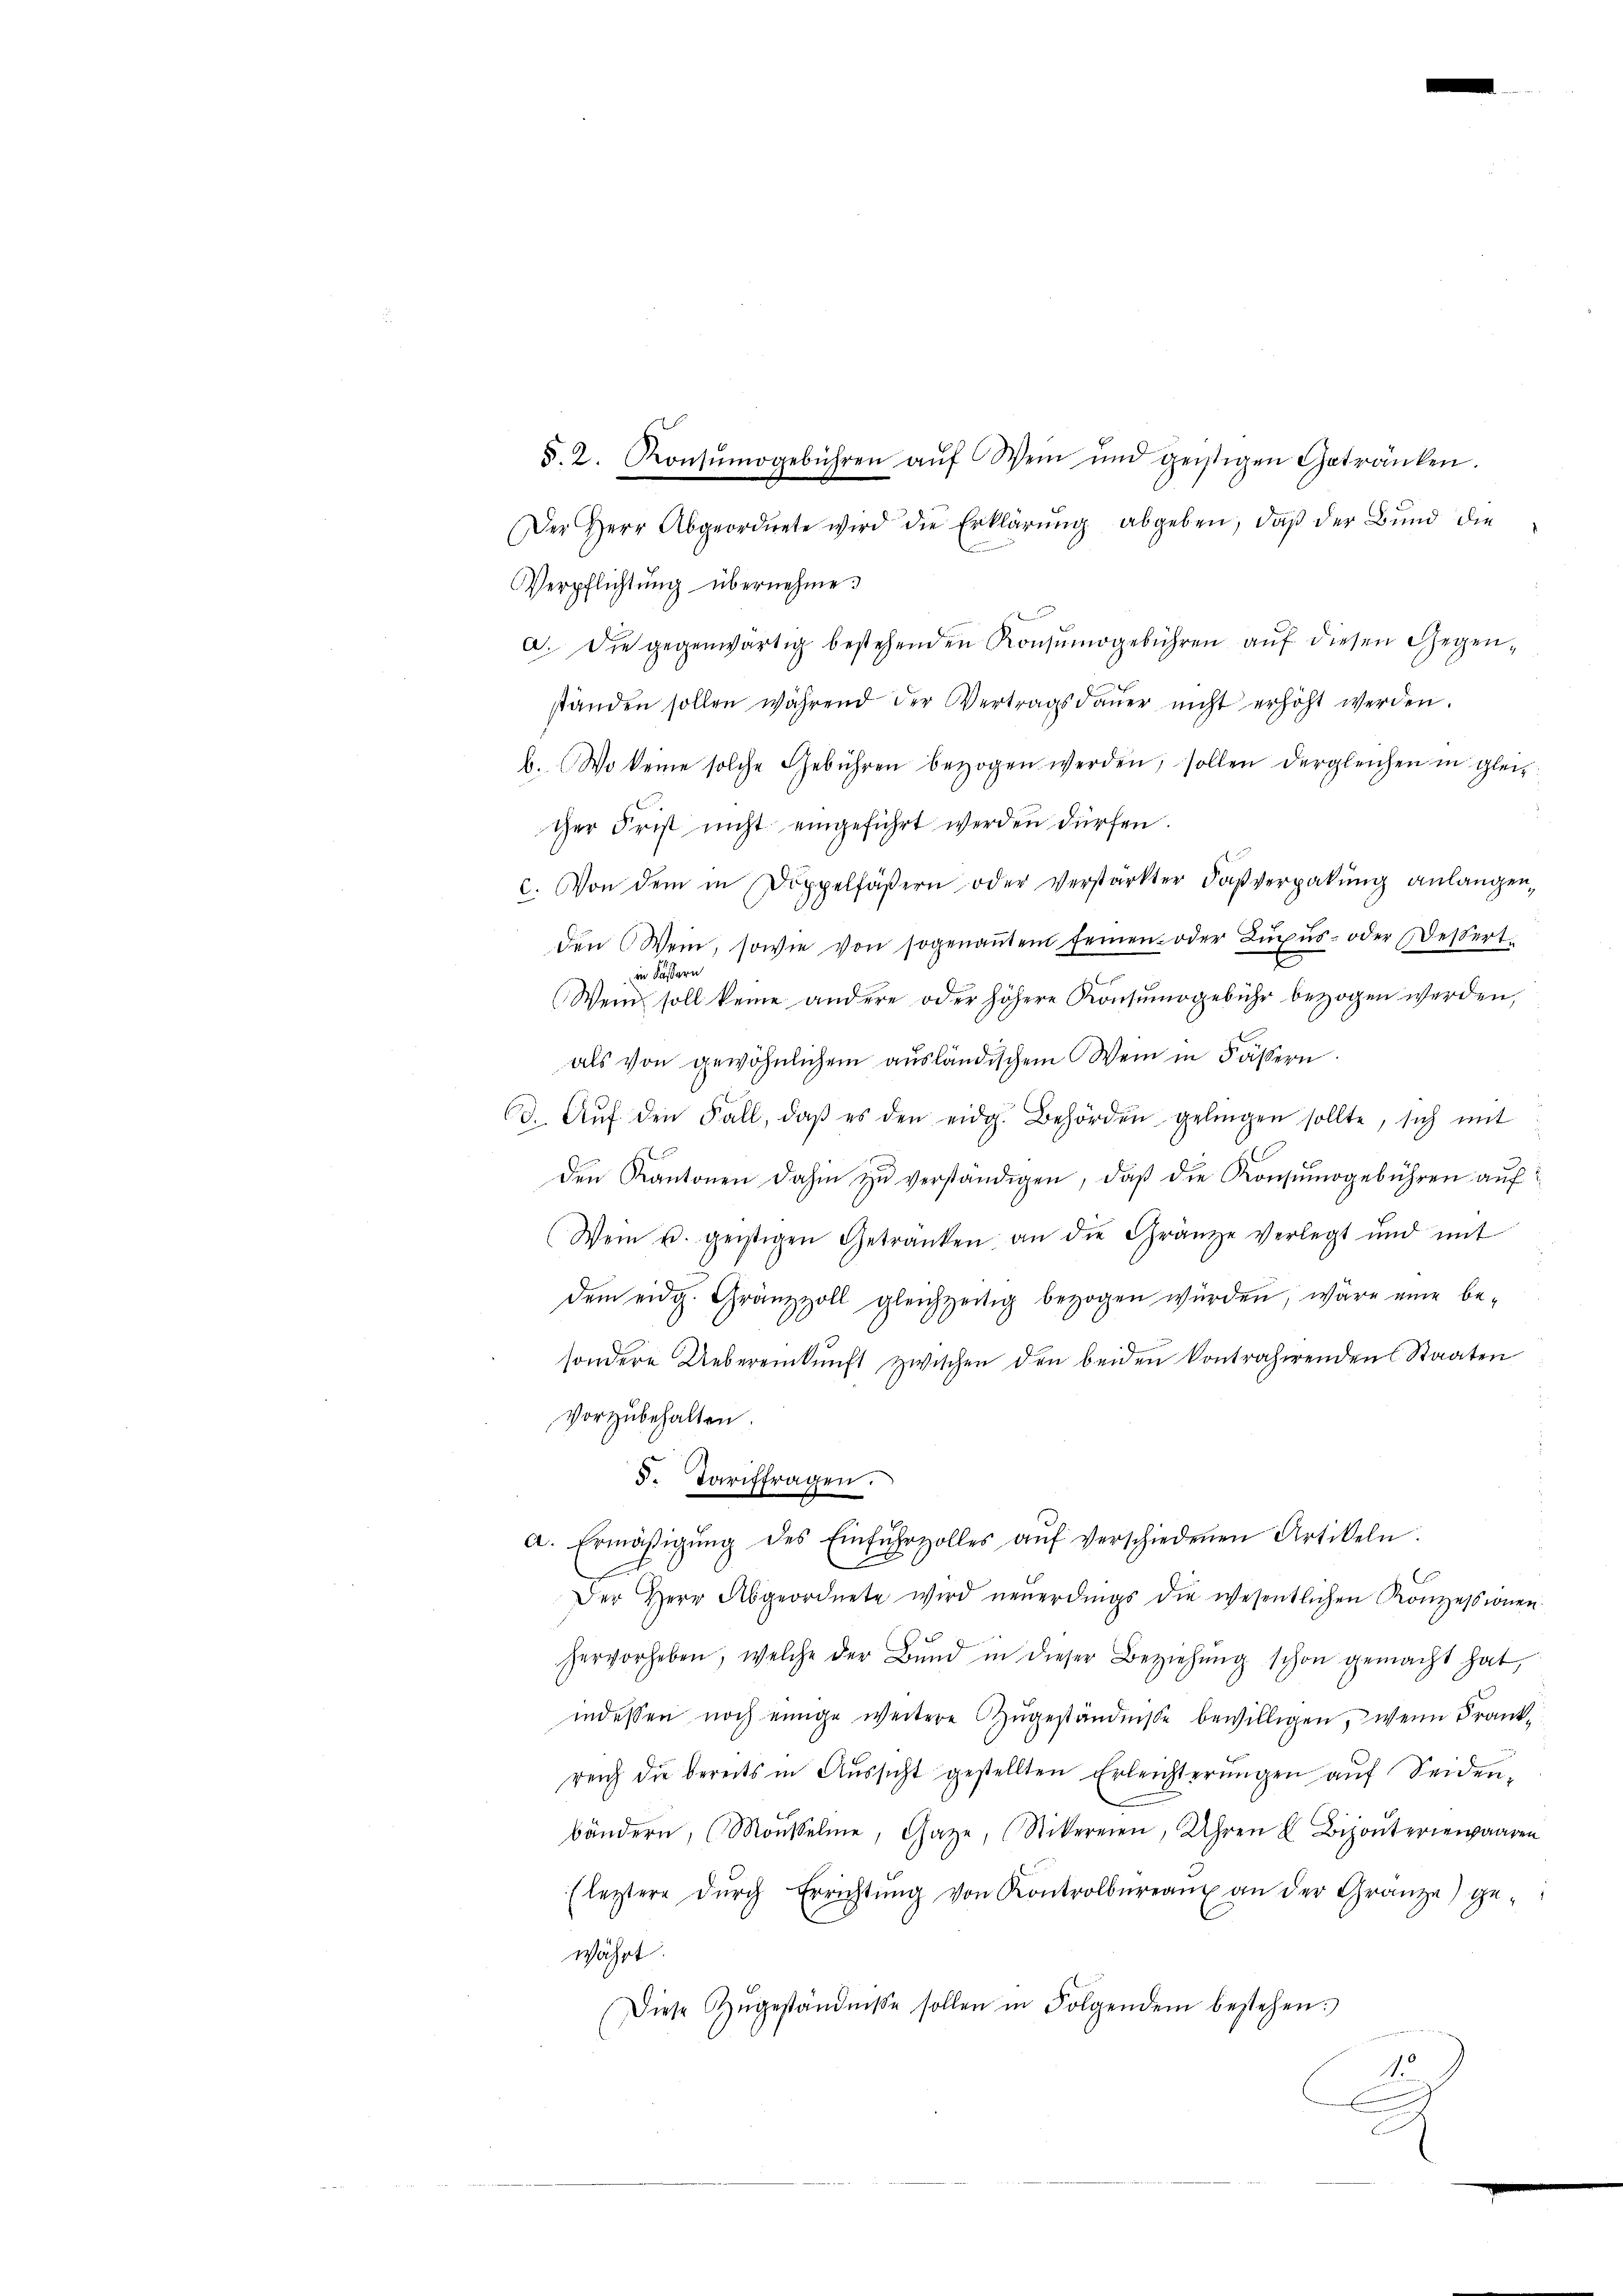
§. 2. Konsŭmogebühren aŭf Wein und geistigen Getränken.
Der Herr Abgeordnete wird die Erklärŭng abgeben, daβ der Bŭnd die
Verpflichtung übernehme.
a. Die gegenwärtig bestehenden Konsŭmogebühren aŭf diesen Gegen-
ständen sollen während der Vertragsdaŭer nicht erhöht werden.
b. Wo keine solche Gebühren bezogen werden, sollen dergleichen in gleicher Frist nicht eingeführt werden dürfen.
c. Von dem in Doppelfäβern oder verstarkter Faβverpakŭng anlangen,
den Wein, sowie von sogenanten seinen oder Luxus- oder Dessert
Ser
i
Wenn soll keine andere oder höhere Konsumogebühr bezogen werden,
als von gewöhnlichem ausländischem Wein in Fässern.
60. Aŭf den Fall, daβ es den eidg. Behörden gelingen sollte, sich mit
den Kantonen dahin zŭ verständigen, daß die Konsumogebühren auf
Wein u. geistigen Getränken an die Gränze verlegt und mit
dem eidg. Gränzzoll gleichzeitig bezogen würden, wäre eine be-
sondere Uebereinkunft zwischen den beiden kontrahirenden Staaten
vorzubehalten
5. Tariffragen.
a. Ermäβigŭng des Einfŭhrzolles aŭf verschiedenen Artikeln.
x
Der Herr Abgeordnete wird neuerdings die wesentlichen Konzessionen
hervorheben, welche der Bŭnd in dieser Beziehŭng schon gemacht hat,
indessen noch einige weitere Zugeständnisse bewilligen, wenn Frankreich die bereits in Aŭssicht gestellten Erleichterŭngen aŭf Seiden-
bändern, (Moŭsele, Gaze, (Stikereien, Uhren u. Bizonteriewaaren
(leztere dŭrch Errichtŭng von Kontrolbureaux an der Gränze) ge-
währt.
Diese Zugeständniße sollen in Folgendem bestehen:
1